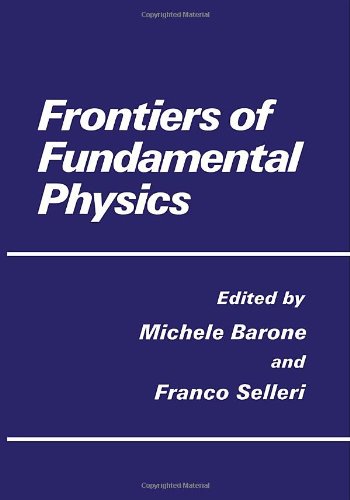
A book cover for Frontiers of Fundamental Physics; Science & Math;